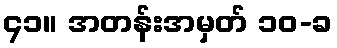
၄၁။ အတန်းအမှတ် ၁၀-ခ